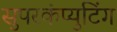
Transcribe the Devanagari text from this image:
सुपरकंप्युटिंग